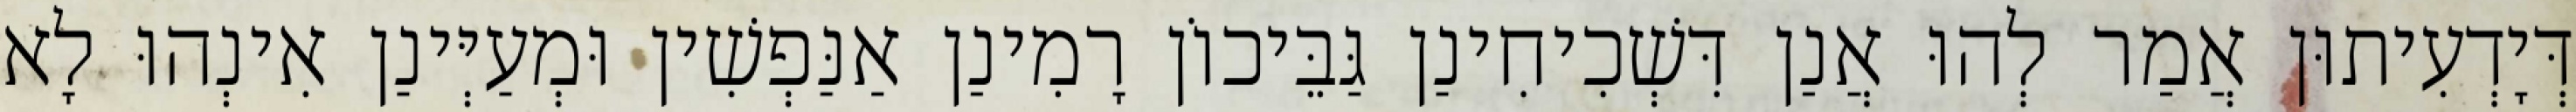
דְּיָדְעִיתוּן אֲמַר לְהוּ אֲנַן דִּשְׁכִיחִינַן גַּבֵּיכוֹן רָמִינַן אַנַּפְשִׁין וּמְעַיְּינַן אִינְהוּ לָא